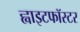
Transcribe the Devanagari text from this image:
ह्वाइटफॉस्टर